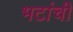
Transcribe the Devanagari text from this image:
भटांची